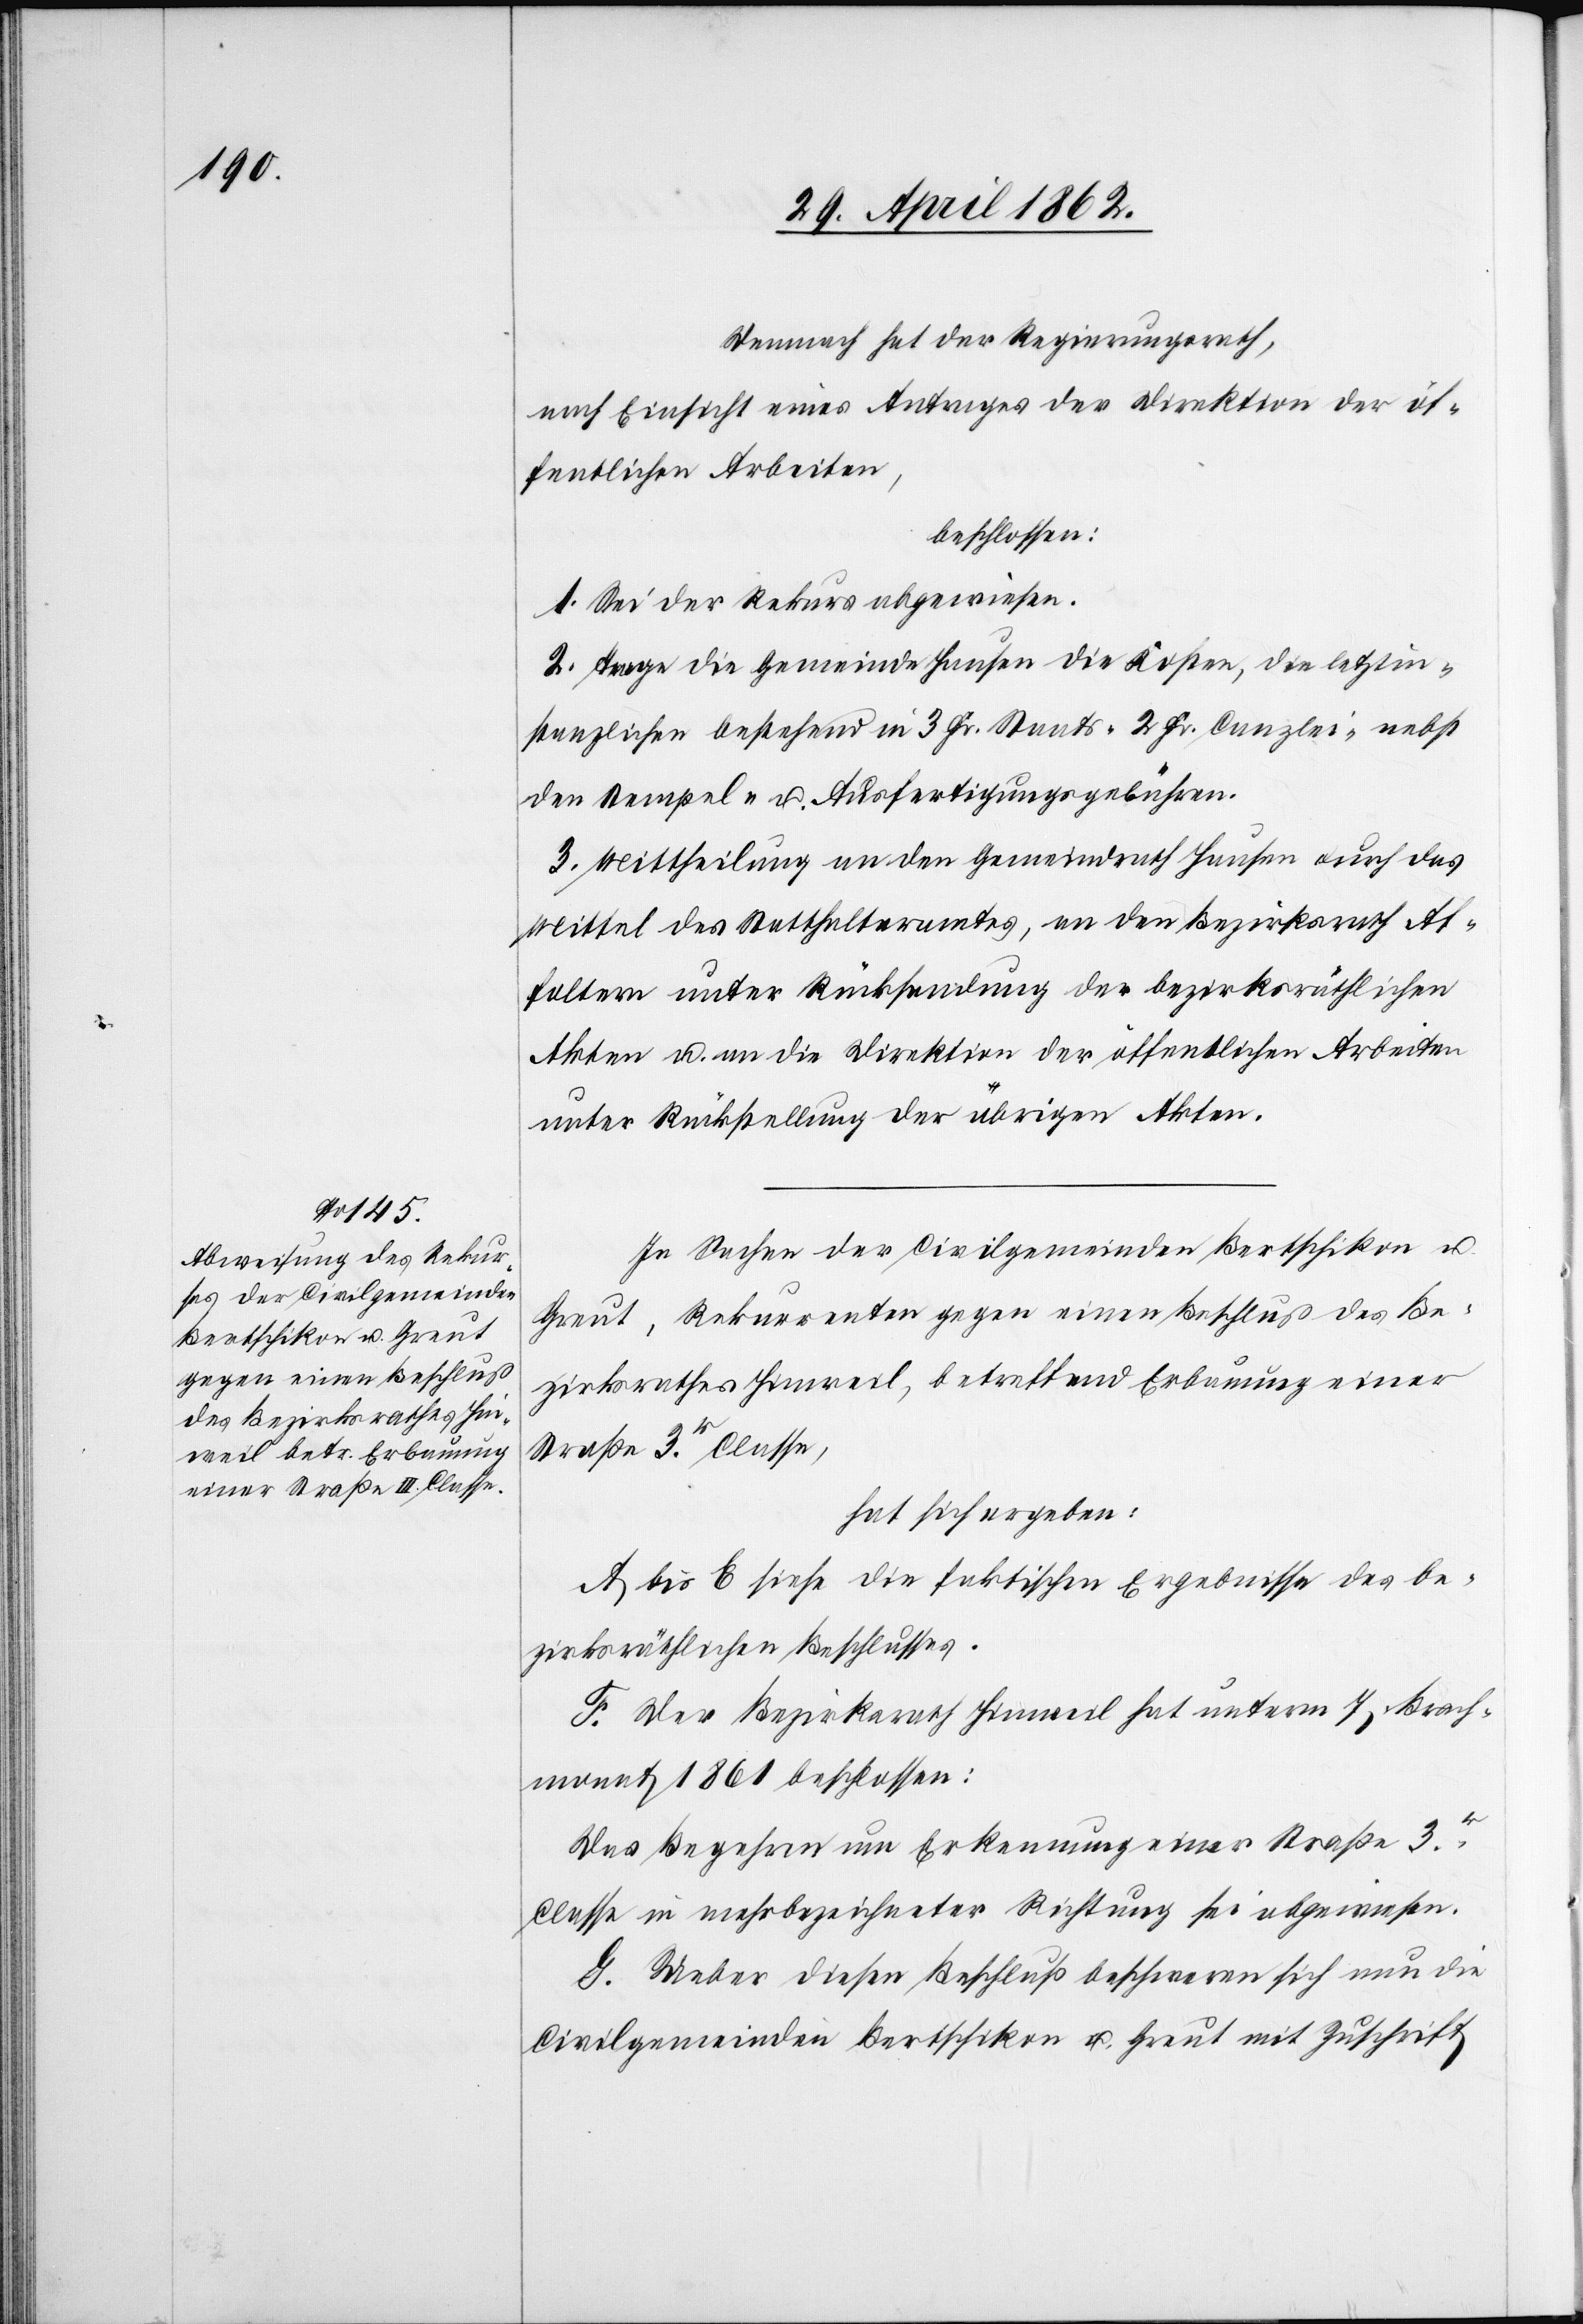
Demnach hat der Regierungsrath,
nach Einsicht eines Antrages der Direktion der öf¬
fentlichen Arbeiten,
beschlossen:
1. Sei der Rekurs abgewiesen.
2. Trage die Gemeinde Hausen die Kosten, die letztin¬
stanzlichen bestehend in 3 Fr. Staats-[,] 2 Fr. Canzlei- nebst
den Stempel- u. Ausfertigungsgebühren.
3. Mittheilung an den Gemeindrath Hausen durch das
Mittel des Statthalteramtes, an den Bezirksrath Af¬
foltern unter Rücksendung der bezirksräthlichen
Akten u. an die Direktion der öffentlichen Arbeiten
unter Rückstellung der übrigen Akten.
In Sachen der Civilgemeinden Bertschikon u.
Greut, Rekurrenten gegen einen Beschluß des Be¬
zirksrathes Hinweil, betreffend Erbauung einer
Straße 3r. Classe,
hat sich ergeben:
A bis E siehe die faktischen Ergebnisse des be¬
zirksräthlichen Beschlusses.
F. Der Bezirksrath Hinweil hat unterm 7. Brach¬
monat 1861 beschlossen:
Das Begehren um Erkennung einer Straße 3r.
Classe in mehrbezeichneter Richtung sei abgewiesen.
G. Ueber diesen Beschluß beschweren sich nun die
Civilgemeinden Bertschikon u. Greut mit Zuschrift